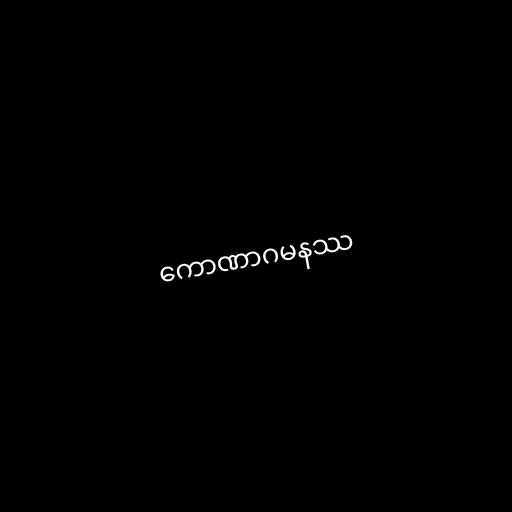
ကောဏာဂမနဿ